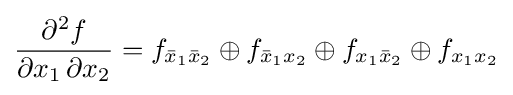
{\partial ^{2}f \over \partial x_{1}\,\partial x_{2}}=f_{{\bar {x}}_{1}{\bar {x}}_{2}}\oplus f_{{\bar {x}}_{1}x_{2}}\oplus f_{x_{1}{\bar {x}}_{2}}\oplus f_{x_{1}x_{2}}